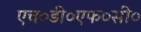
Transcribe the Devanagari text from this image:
एच०डी०एफ०सी०